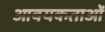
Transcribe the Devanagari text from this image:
आवयकताओं